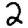
Digit: 2